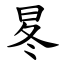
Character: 㫡